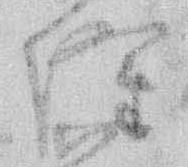
隆